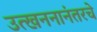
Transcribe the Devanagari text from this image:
उत्खननानंतरचे